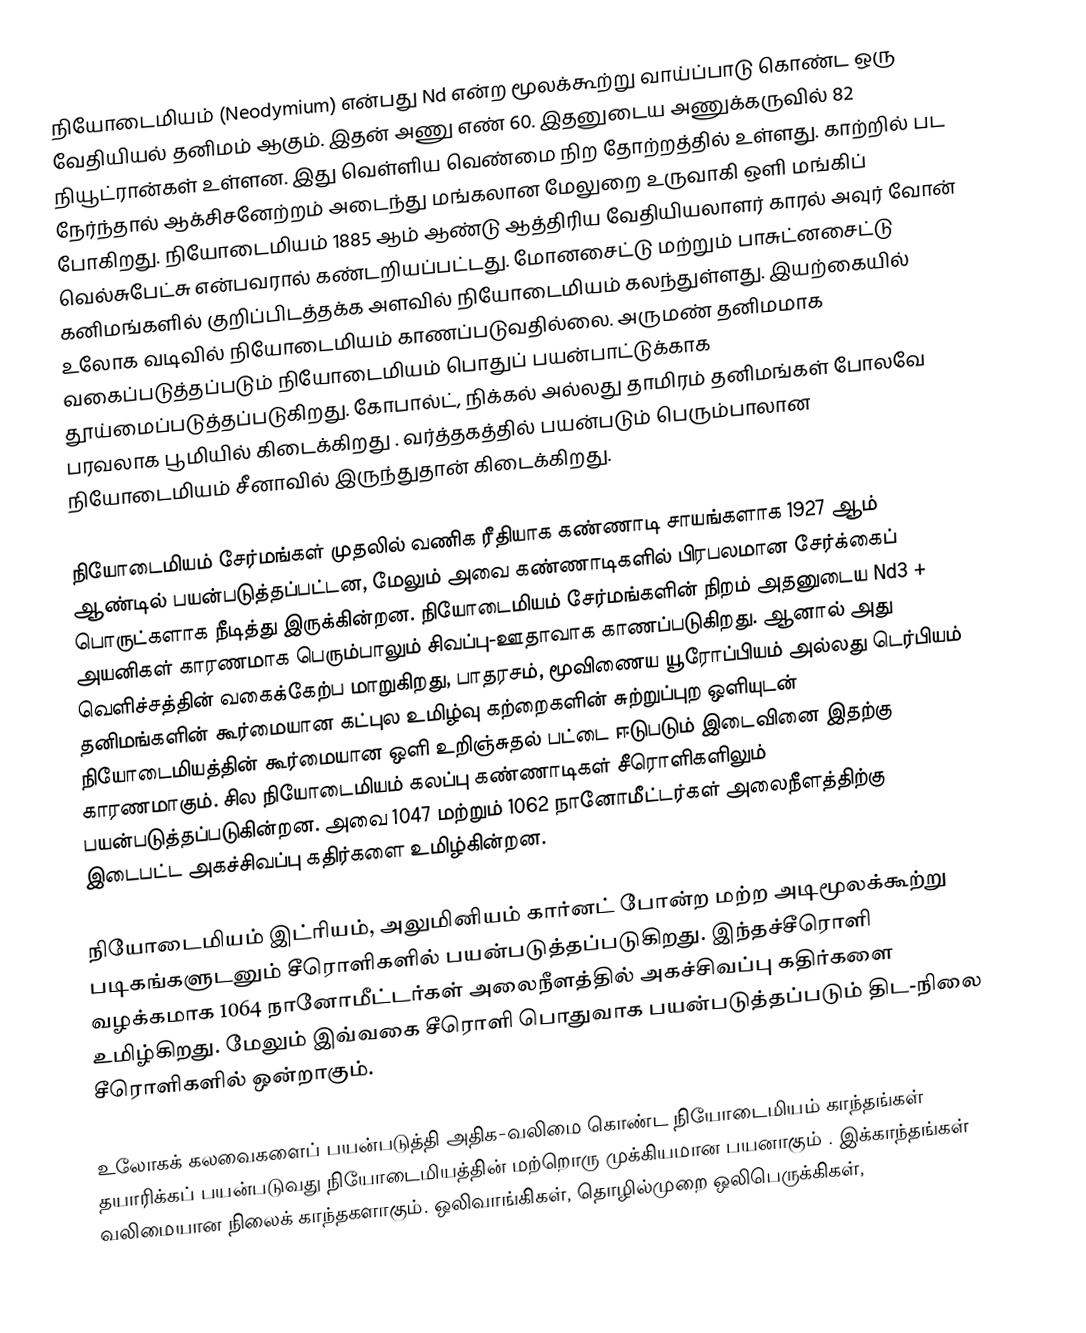
நியோடைமியம் (Neodymium) என்பது Nd  என்ற மூலக்கூற்று வாய்ப்பாடு கொண்ட ஒரு வேதியியல் தனிமம் ஆகும். இதன் அணு எண் 60. இதனுடைய அணுக்கருவில் 82 நியூட்ரான்கள் உள்ளன. இது வெள்ளிய வெண்மை நிற தோற்றத்தில் உள்ளது. காற்றில் பட நேர்ந்தால் ஆக்சிசனேற்றம் அடைந்து மங்கலான மேலுறை உருவாகி ஒளி மங்கிப் போகிறது. நியோடைமியம் 1885 ஆம் ஆண்டு ஆத்திரிய வேதியியலாளர்  காரல் அவுர் வோன் வெல்சுபேட்சு என்பவரால் கண்டறியப்பட்டது. மோனசைட்டு மற்றும் பாசுட்னசைட்டு கனிமங்களில் குறிப்பிடத்தக்க அளவில் நியோடைமியம் கலந்துள்ளது. இயற்கையில் உலோக வடிவில் நியோடைமியம் காணப்படுவதில்லை. அருமண் தனிமமாக வகைப்படுத்தப்படும் நியோடைமியம் பொதுப் பயன்பாட்டுக்காக தூய்மைப்படுத்தப்படுகிறது. கோபால்ட், நிக்கல் அல்லது தாமிரம் தனிமங்கள் போலவே பரவலாக பூமியில் கிடைக்கிறது . வர்த்தகத்தில் பயன்படும் பெரும்பாலான நியோடைமியம் சீனாவில் இருந்துதான் கிடைக்கிறது.

நியோடைமியம் சேர்மங்கள் முதலில் வணிக ரீதியாக கண்ணாடி சாயங்களாக 1927 ஆம் ஆண்டில் பயன்படுத்தப்பட்டன, மேலும் அவை கண்ணாடிகளில் பிரபலமான சேர்க்கைப் பொருட்களாக நீடித்து இருக்கின்றன. நியோடைமியம் சேர்மங்களின் நிறம் அதனுடைய  Nd3 + அயனிகள் காரணமாக பெரும்பாலும் சிவப்பு-ஊதாவாக காணப்படுகிறது. ஆனால் அது வெளிச்சத்தின் வகைக்கேற்ப மாறுகிறது,  பாதரசம், மூவிணைய யூரோப்பியம் அல்லது டெர்பியம் தனிமங்களின் கூர்மையான கட்புல உமிழ்வு கற்றைகளின் சுற்றுப்புற ஒளியுடன்  நியோடைமியத்தின் கூர்மையான ஒளி உறிஞ்சுதல் பட்டை ஈடுபடும் இடைவினை இதற்கு காரணமாகும். சில நியோடைமியம் கலப்பு கண்ணாடிகள் சீரொளிகளிலும் பயன்படுத்தப்படுகின்றன. அவை 1047 மற்றும் 1062 நானோமீட்டர்கள் அலைநீளத்திற்கு இடைபட்ட  அகச்சிவப்பு கதிர்களை உமிழ்கின்றன.

நியோடைமியம் இட்ரியம், அலுமினியம் கார்னட் போன்ற மற்ற அடிமூலக்கூற்று படிகங்களுடனும் சீரொளிகளில் பயன்படுத்தப்படுகிறது. இந்தச்சீரொளி வழக்கமாக 1064 நானோமீட்டர்கள் அலைநீளத்தில் அகச்சிவப்பு கதிர்களை உமிழ்கிறது. மேலும் இவ்வகை சீரொளி பொதுவாக பயன்படுத்தப்படும் திட-நிலை சீரொளிகளில் ஒன்றாகும்.

உலோகக் கலவைகளைப் பயன்படுத்தி அதிக-வலிமை கொண்ட நியோடைமியம் காந்தங்கள் தயாரிக்கப் பயன்படுவது நியோடைமியத்தின் மற்றொரு முக்கியமான பயனாகும் . இக்காந்தங்கள் வலிமையான நிலைக் காந்தகளாகும். ஒலிவாங்கிகள், தொழில்முறை ஒலிபெருக்கிகள்,